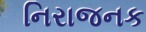
નિરાજનક